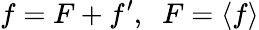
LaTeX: f=F+f^{\prime},\; \; F=\langle{f}\rangle